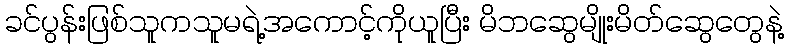
ခင်ပွန်းဖြစ်သူကသူမရဲ့အကောင့်ကိုယူပြီး မိဘဆွေမျိုးမိတ်ဆွေတွေနဲ့